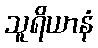
သူရိယာနံ